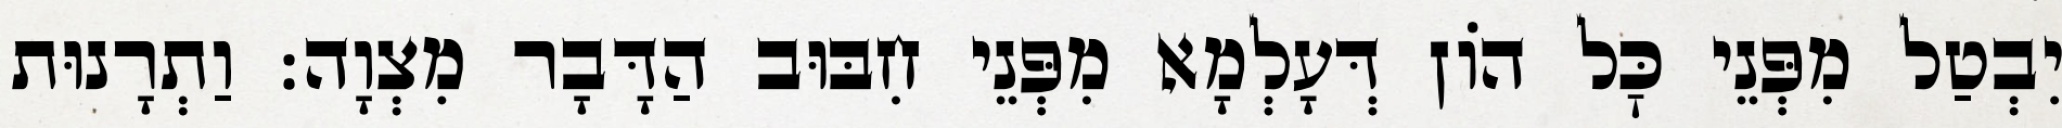
יִבְטַל מִפְּנֵי כׇּל הוֹן דְּעָלְמָא מִפְּנֵי חִבּוּב הַדָּבָר מִצְוָה: וַתְרָנוּת